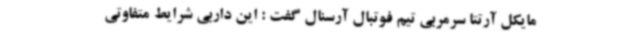
مایکل آرتتا سرمربی تیم فوتبال آرسنال گفت : این داربی شرایط متفاوتی